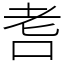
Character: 䎛